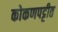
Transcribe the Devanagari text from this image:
कोकणपट्टीत